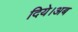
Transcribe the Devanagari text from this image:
दिये।अब